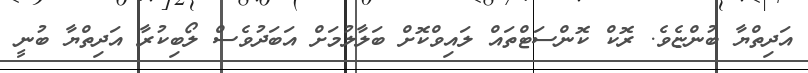
އަދިތްޔާ ބުންޏެވެ. ރޮކް ކޮންސަޓްތައް ލައިވްކޮށް ބަލާލުމަށް އަބަދުވެސް ލޯބިކުރާ އަދިތްޔާ ބުނީ